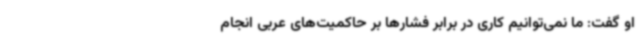
او گفت: ما نمی‌توانیم کاری در برابر فشارها بر حاکمیت‌های عربی انجام